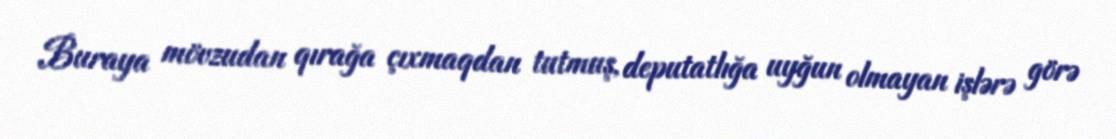
Buraya mövzudan qırağa çıxmaqdan tutmuş, deputatlığa uyğun olmayan işlərə görə